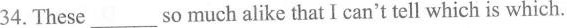
34.These___so much alike that I can't tell which is which.